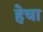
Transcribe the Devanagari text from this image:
हेचा